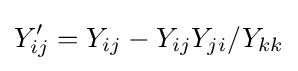
Y'_{ij}=Y_{ij}-Y_{ij}Y_{ji}/Y_{kk}